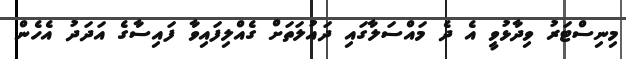
މިނިސްޓަރު ވިދާޅުވީ އެ ދެ މައްސަލާގައި ދައުލަތަށް ގެއްލިފައިވާ ފައިސާގެ އަދަދު އެހެން